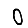
Digit: 0